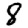
Digit: 8